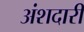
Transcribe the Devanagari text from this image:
अंशदारी